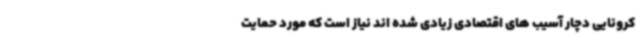
کرونایی دچار آسیب های اقتصادی زیادی شده اند نیاز است که مورد حمایت